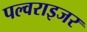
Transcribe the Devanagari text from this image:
पल्वराइजर